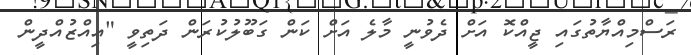
ރަސްމިއްޔާތުގައި ޖީއްކޮ އަށް ދެވުނީ މާލެ އަށް ކަން ގަބޫލުކުރަން ދަތިވީ "އިއްޒުއްދީން